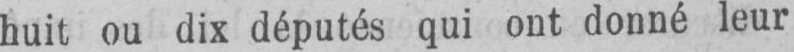
huit ou dix députés qui ont donné leur